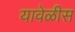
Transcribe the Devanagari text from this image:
यावेळीस